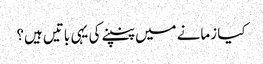
کیا زمانے میں پنپنے کی یہی باتیں ہیں؟